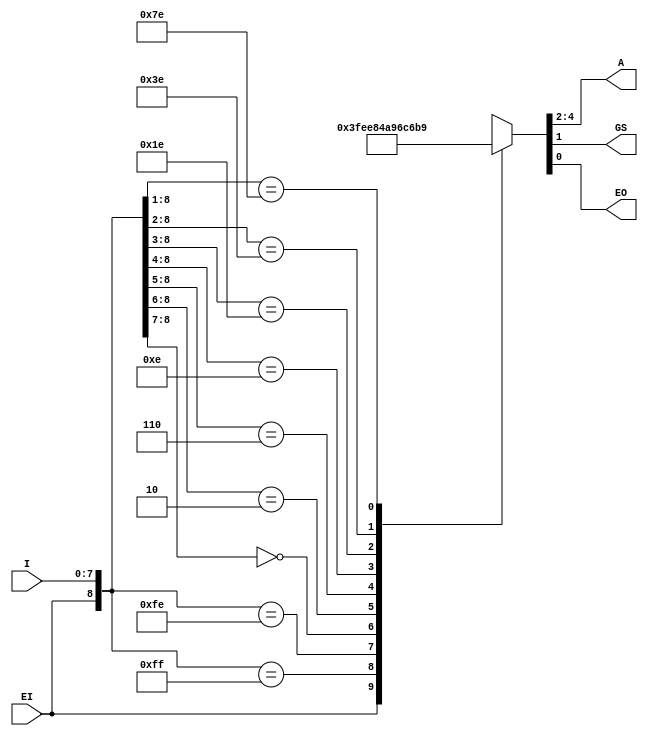
module encoder8to3_1(EI,I,A,GS,EO);
input EI;
input [7:0]I;
output reg[2:0]A;
output reg GS,EO;

always @(I or EI)
		casex({EI,I})
			9'b1xxxxxxxx: {A,GS,EO} = 5'b11111;
			9'b011111111: {A,GS,EO} = 5'b11110;
			9'b011111110: {A,GS,EO} = 5'b11101;
			9'b00xxxxxxx: {A,GS,EO} = 5'b00001;
			9'b010xxxxxx: {A,GS,EO} = 5'b00101;
			9'b0110xxxxx: {A,GS,EO} = 5'b01001;
			9'b01110xxxx: {A,GS,EO} = 5'b01101;
			9'b011110xxx: {A,GS,EO} = 5'b10001;
			9'b0111110xx: {A,GS,EO} = 5'b10101;
			9'b01111110x: {A,GS,EO} = 5'b11001;
			default: A = 5'b11111;
		endcase
endmodule